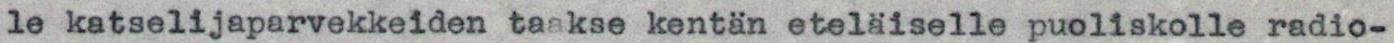
le katselijaparvekkeiden taakse kentän eteläiselle puoliskolle radio-